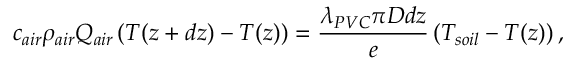
c _ { a i r } \rho _ { a i r } Q _ { a i r } \left( T ( z + d z ) - T ( z ) \right) = \frac { \lambda _ { P V C } \pi D d z } { e } \left( T _ { s o i l } - T ( z ) \right) ,